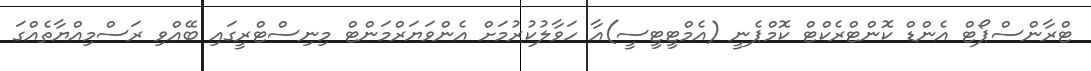
ޓްރާންސްޕޯޓް އެންޑް ކޮންޓްރެކްޓް ކޮމްޕެނީ (އެމްޓީޓީސީ)އާ ހަވާލުކުރުމަށް އެންވަޔަރްމަންޓް މިނިސްޓްރީގައި ބޭއްވި ރަސްމިއްޔާތެއްގަ